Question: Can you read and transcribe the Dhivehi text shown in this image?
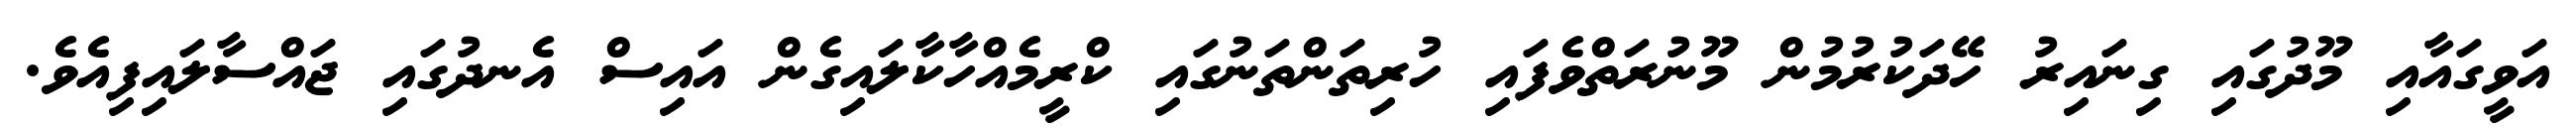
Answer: އަވީގައާއި މޫދުގައި ގިނައިރު ހޭދަކުރުމުން މޫނުރަތްވެފައި ހުރިތަންތަނުގައި ކްރީމެއްހާކާލައިގެން އައިސް އެނދުގައި ޖައްސާލައިފިއެވެ.